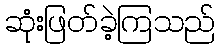
ဆုံးဖြတ်ခဲ့ကြသည်